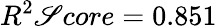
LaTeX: R^{2}\mathscr{S}core=0.851